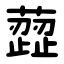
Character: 䔼